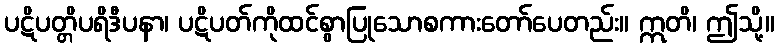
ပဋိပတ္တိပရိဒီပနာ၊ ပဋိပတ်ကိုထင်စွာပြုသောစကားတော်ပေတည်း။ ဣတိ၊ ဤသို့။